Annual report of the Punjab Veterinary College and of the Civil Veterinary Department, Punjab - 1894-1908
Year: 1894
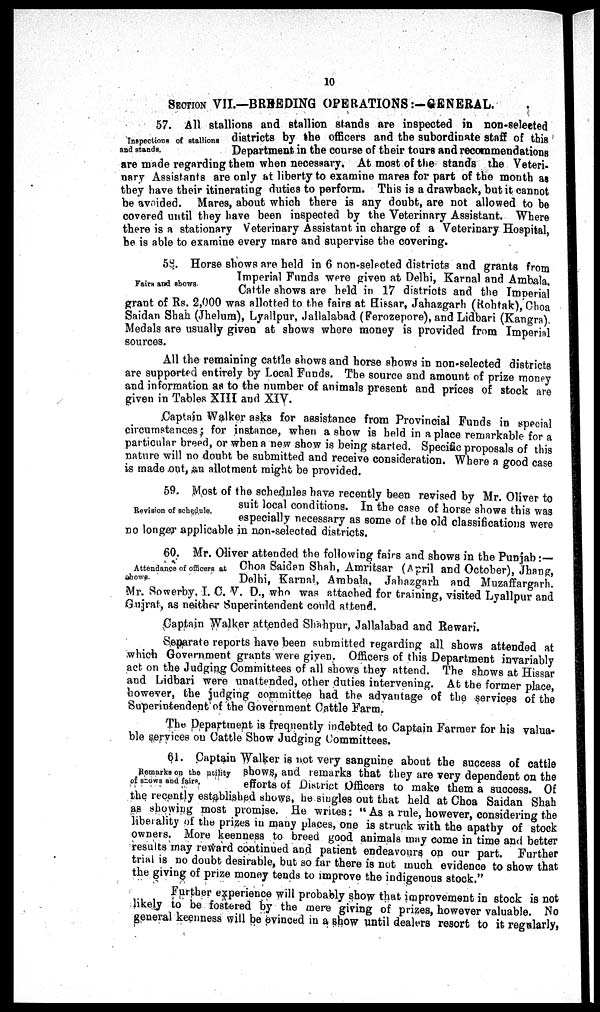
10
SECTION VII.—BREEDING OPERATIONS:-GENERAL.
Inspections of stallions
and stands.
57. All stallions and stallion stands are inspected in non-selected
districts by the officers and the subordinate staff of this
Department in the course of their tours and recommendations
are made regarding them when necessary. At most of the stands the Veteri-
nary Assistants are only at liberty to examine mares for part of the month as
they have their itinerating duties to perform. This is a drawback, but it cannot
be avoided. Mares, about which there is any doubt, are not allowed to be
covered until they have been inspected by the Veterinary Assistant. Where
there is a stationary Veterinary Assistant in charge of a Veterinary Hospital,
he is able to examine every mare and supervise the covering.
Fairs and shows.
58. Horse shows are held in 6 non-selected districts and grants from
Imperial Funds were given at Delhi, Karnal and Ambala.
Cattle shows are held in 17 districts and the Imperial
grant of Rs. 2,000 was allotted to the fairs at Hissar, Jahazgarh (Rohtak), Choa
Saidan Shah (Jhelum), Lyallpur, Jallalabad (Ferozepore), and Lidbari (Kangra).
Medals are usually given at shows where money is provided from Imperial
sources.
All the remaining cattle shows and horse shows in non-selected districts
are supported entirely by Local Funds. The source and amount of prize money
and information as to the number of animals present and prices of stock are
given in Tables XIII and XIV.
Captain Walker asks for assistance from Provincial Funds in special
circumstances; for instance, when a show is held in a place remarkable for a
particular breed, or when a new show is being started. Specific proposals of this
nature will no doubt be submitted and receive consideration. Where a good case
is made out, an allotment might be provided.
Revision of schedule.
59. Most of the schedules have recently been revised by Mr. Oliver to
suit local conditions. In the case of horse shows this was
especially necessary as some of the old classifications were
no longer applicable in non-selected districts.
Attendance of officers at
shows.
60. Mr. Oliver attended the following fairs and shows in the Punjab:—
Choa Saidan Shah, Amritsar (April and October), Jhang,
Delhi, Karnal, Ambala, Jahazgarh and Muzaffargarh.
Mr. Sowerby, I. C. V. D., who was attached for training, visited Lyallpur and
Gujrat, as neither Superintendent could attend.
Captain Walker attended Shahpur, Jallalabad and Rewari.
Separate reports have been submitted regarding all. shows attended at
which Government grants were given. Officers of this Department invariably
act on the Judging Committees of all shows they attend. The shows at Hissar
and Lidbari were unattended, other duties intervening. At the former place,
however, the judging committee had the advantage of the services of the
Superintendent of the Government Cattle Farm.
The Department is frequently indebted to Captain Farmer for his valua-
ble services on Cattle Show Judging Committees.
Remarks on the utility
of shows and fairs.
61. Captain Walker is not very sanguine about the success of cattle
shows, and remarks that they are very dependent on the
efforts of District Officers to make them a success. Of
the recently established shows, he singles out that held at Choa Saidan Shah
as showing most promise. He writes: "As a rule, however, considering the
liberality of the prizes in many places, one is struck with the apathy of stock
owners. More keenness to breed good animals may come in time and better
results may reward continued and patient endeavours on our part. Further
trial is no doubt desirable, but so far there is not much evidence to show that
the giving of prize money tends to improve the indigenous stock."
Further experience will probably show that improvement in stock is not
likely to be fostered by the mere giving of prizes, however valuable. No
general keenness will be evinced in a show until dealers resort to it regularly,